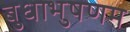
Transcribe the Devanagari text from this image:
बुधाभुषणम